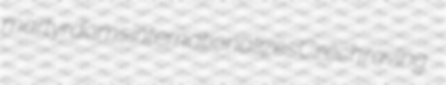
martyrdoms internationalizes Czech raving